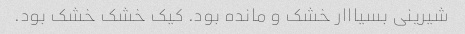
شیرینی بسیااار خشک و مانده بود. کیک خشک خشک بود.